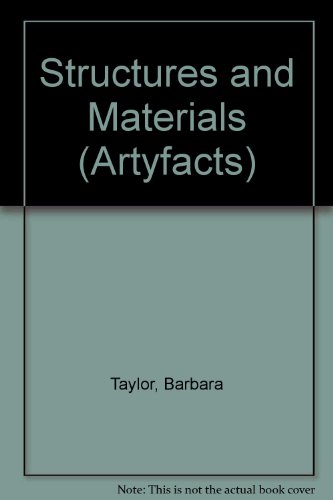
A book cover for Structures and Materials (Artyfacts); Barbara Taylor; Children's Books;